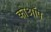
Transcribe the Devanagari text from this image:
कोऑप